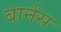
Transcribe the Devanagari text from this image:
बार्नस